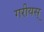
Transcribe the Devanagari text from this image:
गरीयस्‌